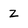
Character: Z